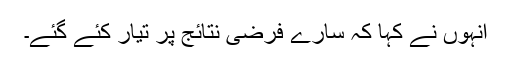
انہوں نے کہا کہ سارے فرضی نتائج پر تیار کئے گئے۔